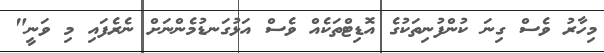
މިހާރު ވެސް ގިނަ ކުންފުނިތަކުގެ އޮޑިޓްތަކެއް ވެސް އަޅުގަނޑުމެންނަށް ނެރެފައި މި ވަނީ"